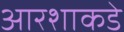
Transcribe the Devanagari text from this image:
आरशाकडे